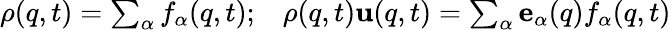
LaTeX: \begin{array}{r}{\rho({q},t)=\sum_{\alpha}f_{\alpha}({q},t);\; \; \; \rho({q},t){\mathbf u}({q},t)=\sum_{\alpha}{\mathbf e}_{\alpha}({q})f_{\alpha}({q},t)}\end{array}